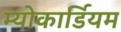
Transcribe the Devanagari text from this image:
म्योकार्डियम